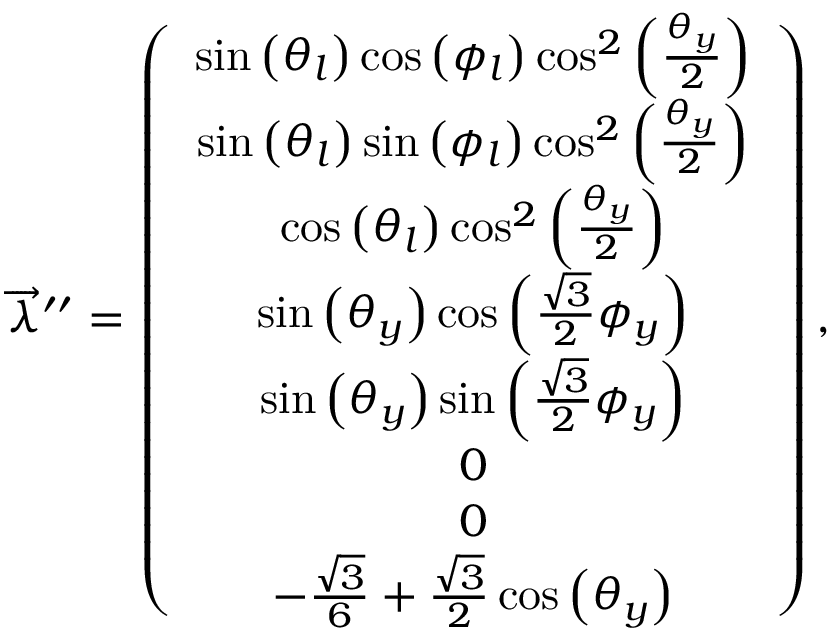
\begin{array} { r } { \overrightarrow { \lambda } ^ { \prime \prime } = \left( \begin{array} { c } { \sin \left( \theta _ { l } \right) \cos \left( \phi _ { l } \right) \cos ^ { 2 } \left( \frac { \theta _ { y } } { 2 } \right) } \\ { \sin \left( \theta _ { l } \right) \sin \left( \phi _ { l } \right) \cos ^ { 2 } \left( \frac { \theta _ { y } } { 2 } \right) } \\ { \cos \left( \theta _ { l } \right) \cos ^ { 2 } \left( \frac { \theta _ { y } } { 2 } \right) } \\ { \sin \left( \theta _ { y } \right) \cos \left( \frac { \sqrt { 3 } } { 2 } \phi _ { y } \right) } \\ { \sin \left( \theta _ { y } \right) \sin \left( \frac { \sqrt { 3 } } { 2 } \phi _ { y } \right) } \\ { 0 } \\ { 0 } \\ { - \frac { \sqrt { 3 } } { 6 } + \frac { \sqrt { 3 } } { 2 } \cos \left( \theta _ { y } \right) } \end{array} \right) , } \end{array}